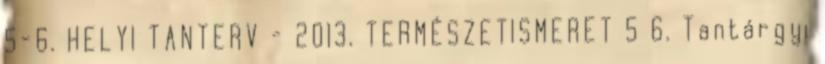
5-6. HELYI TANTERV - 2013. TERMÉSZETISMERET 5 6. Tantárgyi